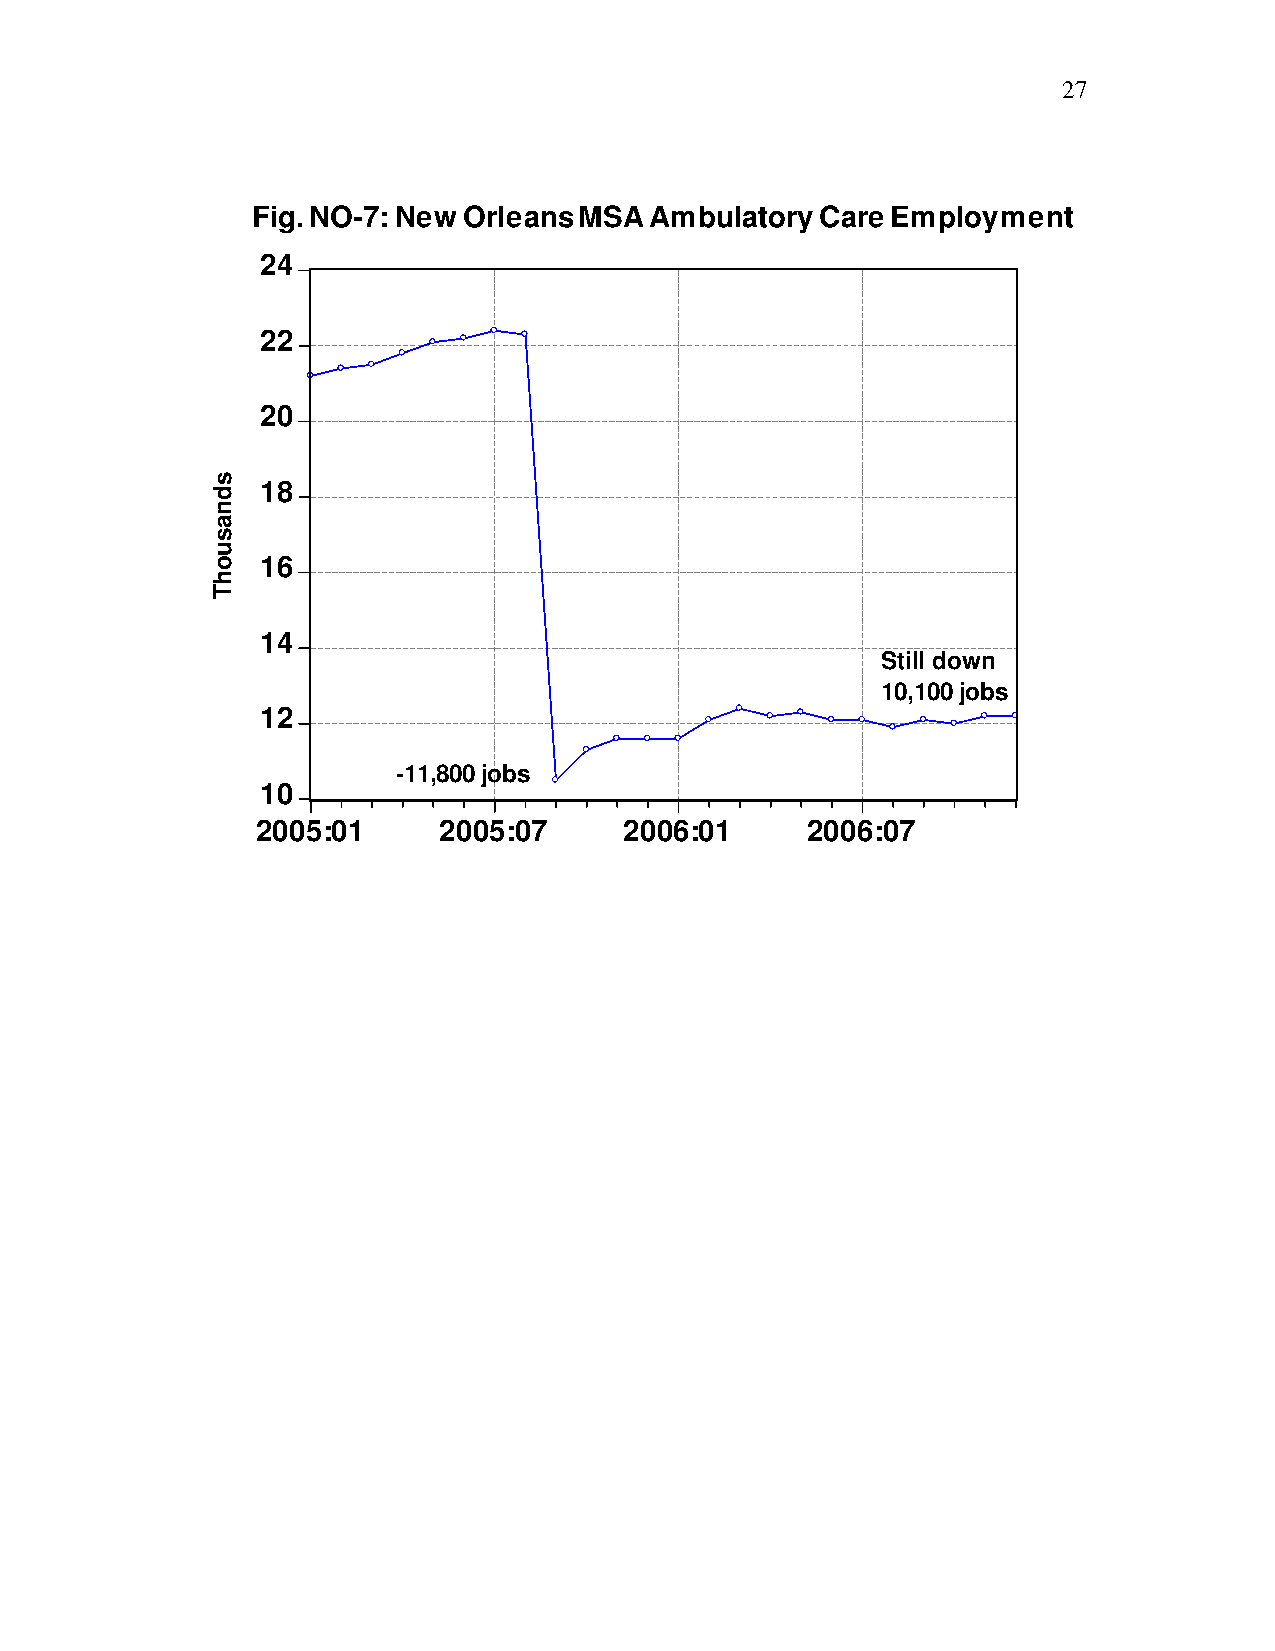
27
 Fig. NO-7: New Orleans MSA Ambulatory Care Employment
 24
 22
 20
 18
 16
 14
 Still down
 10,100 jobs
 12
 -11,800 jobs
 10
 2005:01     2005:07     2006:01     2006:07
 sdnasuohT